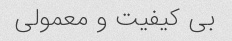
بی کیفیت و معمولی